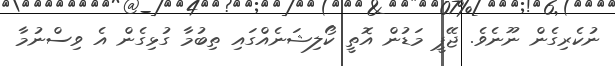
ނުކެރިގެން ނޫނެވެ. ޖޭޕީ މަޑުން އޮތީ ކޯލިޝަނެއްގައި ތިބުމާ ގުޅިގެން އެ ވިސްނުމާ